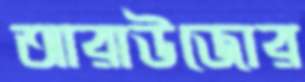
আরাউজোর